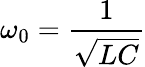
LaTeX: \omega_{0}={\frac{1}{\sqrt{LC}}}